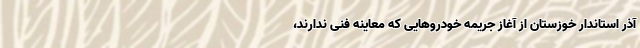
آذر استاندار خوزستان از آغاز جریمه خودروهایی که معاینه فنی ندارند،